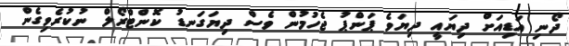
ދޯނި އަޑިއަށް ދިޔައީ ދިޔަވެ ޕަންޕު ޖެހުމުން ވެސް ދިޔަގަނޑު ކޮންޓްރޯލް ނުކުރެވިގެން